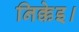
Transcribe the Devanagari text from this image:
निक्केइ।